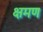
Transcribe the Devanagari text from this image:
क्षमण